Annual returns of the Patna Lunatic Asylum at Bankipore in Bihar and Orissa - 1912-1924
Year: 1912
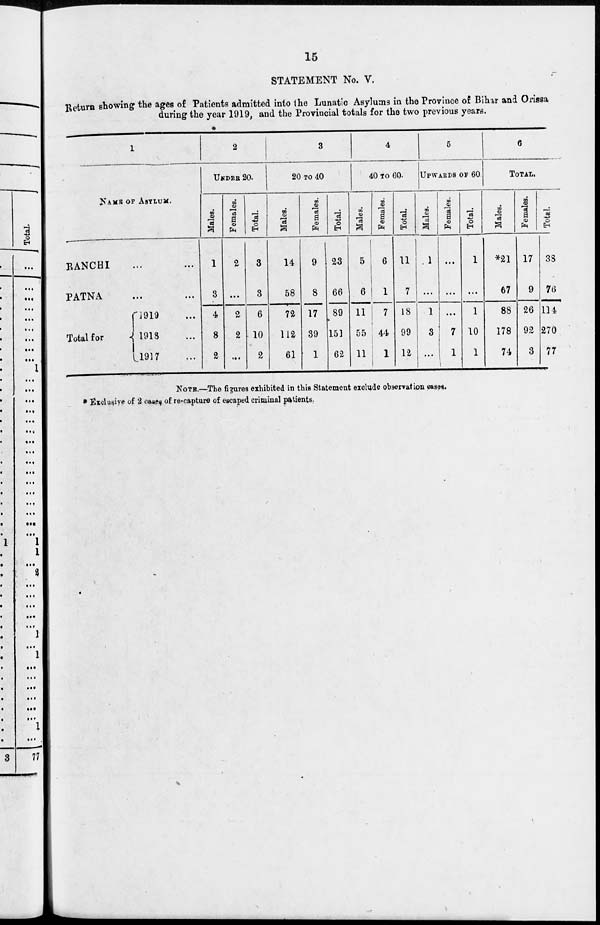
15
STATEMENT No. V.
Return showing the ages of Patients admitted into the Lunatic Asylums in the Province of Bihar and Orissa
during the year 1919, and the Provincial totals for the two previous years.
1
NAME OF ASYLUM.
RANCHI ... ...
PATNA ... ...
Total for
1919 ...
1918 ...
1917 ...
2
UNDER 20.
Males.
1
3
4
8
2
Females.
2
...
2
2
...
Total.
3
3
6
10
2
3
20 TO 40
Males.
14
58
72
112
61
Females.
9
8
17
39
1
Total.
23
66
89
151
62
4
40 TO 60.
Males.
5
6
11
55
11
Females.
6
1
7
44
1
Total.
11
7
18
99
12
5
UPWARDS OF 60
Males.
1
...
1
3
...
Females.
...
...
...
7
1
Total.
1
. ...
1
10
1
6
TOTAL.
Males.
*21
67
88
178
74
Females.
17
9
26
92
3
Total.
38
76
114
270
77
NOTE.—The figures exhibited in this Statement exclude observation cases.
* Exclusive of 2 cases of re-capture of escaped criminal patients.